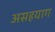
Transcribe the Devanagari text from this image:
असहयाग